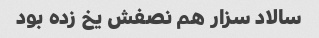
سالاد سزار هم نصفش یخ زده بود